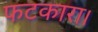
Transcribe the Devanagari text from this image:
फटकारा।